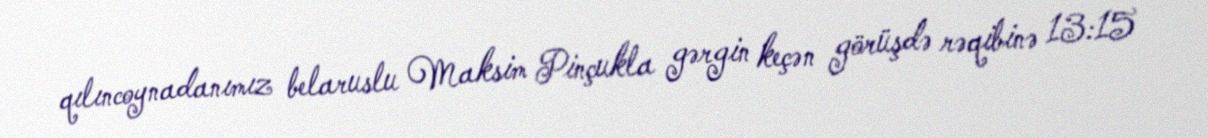
qılıncoynadanımız belaruslu Maksim Pinçukla gərgin keçən görüşdə rəqibinə 13:15